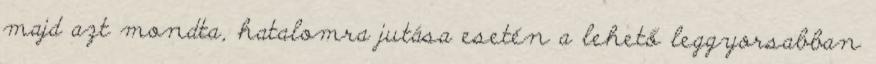
majd azt mondta, hatalomra jutása esetén a lehető leggyorsabban